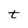
Character: t